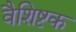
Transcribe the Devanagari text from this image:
वैशिष्टक